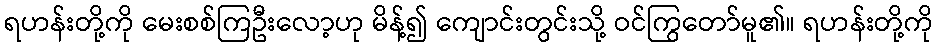
ရဟန်းတို့ကို မေးစစ်ကြဦးလော့ဟု မိန့်၍ ကျောင်းတွင်းသို့ ဝင်ကြွတော်မူ၏။ ရဟန်းတို့ကို